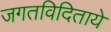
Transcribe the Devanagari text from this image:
जगतविदिताये